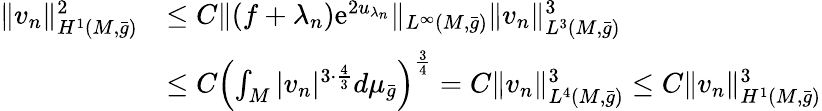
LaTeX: \begin{array}{rl}{\| v_{n}\| _{H^{1}(M,\bar{g})}^{2}}&{\le C\| (f+\lambda_{n})\mathrm{e}^{2u_{\lambda_{n}}}\| _{L^{\infty}(M,\bar{g})}\| v_{n}\| _{L^{3}(M,\bar{g})}^{3}}\\ &{\le C\left(\int_{M}|v_{n}|^{3\cdot\frac 43}d\mu_{\bar{g}}\right)^{\frac 34}=C\| v_{n}\| _{L^{4}(M,\bar{g})}^{3}\le C\| v_{n}\| _{H^{1}(M,\bar{g})}^{3}}\end{array}